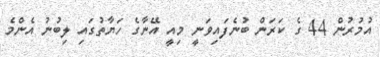
އުމުރުން 44 ގެ ކަރަން ބުނެފައިވަނީ މިއީ އޭނާގެ ހަޔާތުގައި ލިބުނު އެންމެ